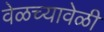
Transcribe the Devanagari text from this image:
वेळच्यावेळी